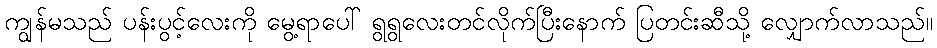
ကျွန်မသည် ပန်းပွင့်လေးကို မွေ့ရာပေါ် ရွရွလေးတင်လိုက်ပြီးနောက် ပြတင်းဆီသို့ လျှောက်လာသည်။